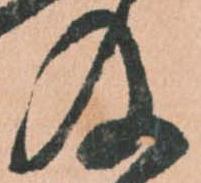
及